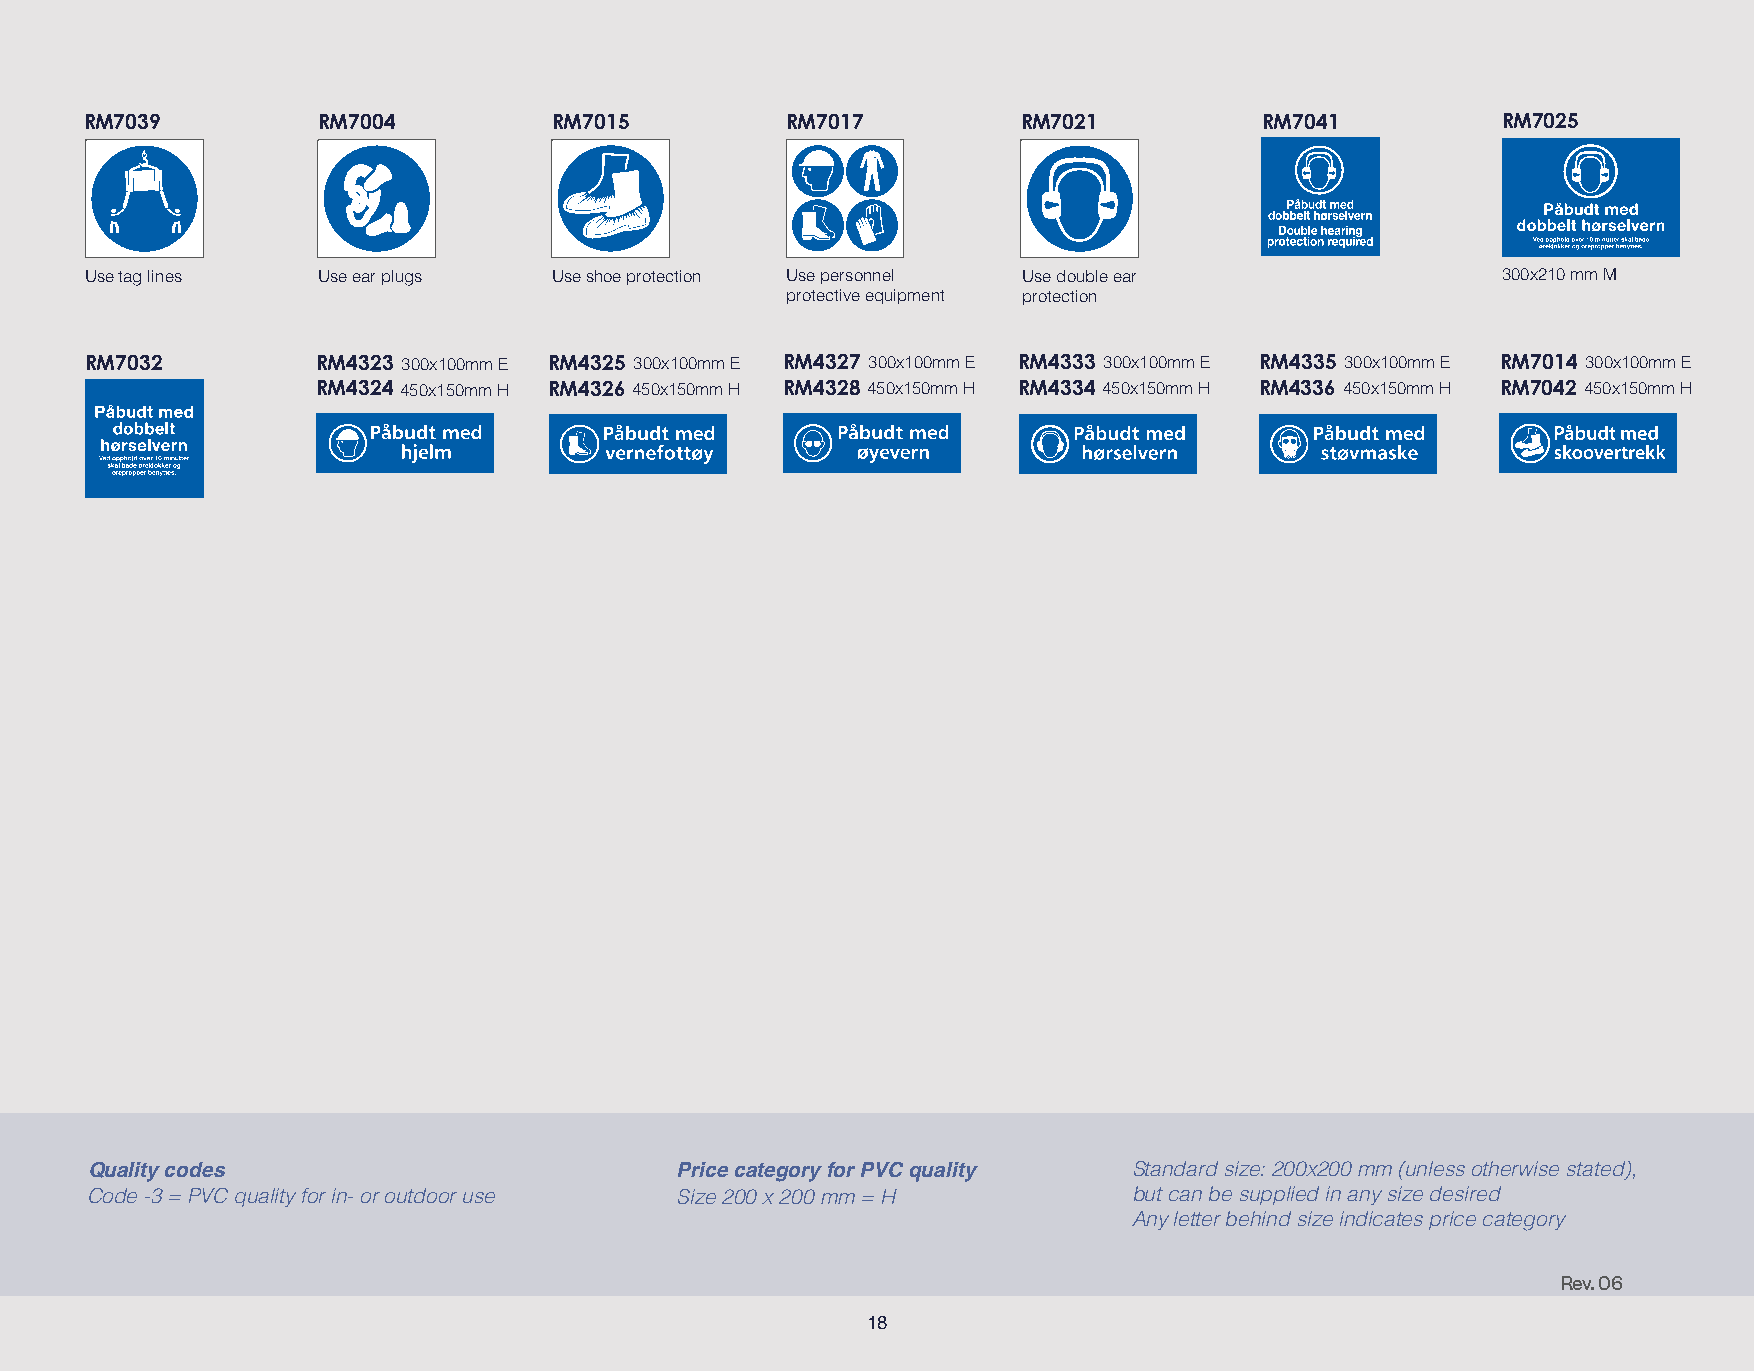
RM7039         RM7004          RM7015         RM7017          RM7021          RM7041         RM7025
 Use tag lines  Use ear plugs   Use shoe protection Use personnel Use double ear              300x210 mm M
 protective equipment protection
 RM7032         RM4323 300x100mm E RM4325 300x100mm E RM4327 300x100mm E RM4333 300x100mm E RM4335 300x100mm E RM7014 300x100mm E
 RM4324 450x150mm H RM4326 450x150mm H RM4328 450x150mm H RM4334 450x150mm H RM4336 450x150mm H RM7042 450x150mm H
 Quality codes                          Price category for PVC quality Standard size: 200x200 mm (unless otherwise stated),
 Code -3 = PVC quality for in- or outdoor use S i z e 200 x 200 mm = H but can be supplied in any size desired
 Any letter behind size indicates price category
 Rev. 06
 18